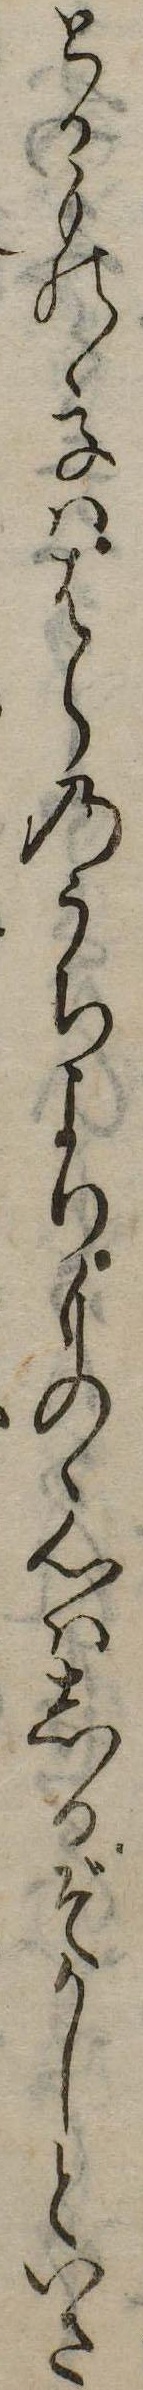
とる身の子ははらのうちよりものゝ心はしるぞかしといさ